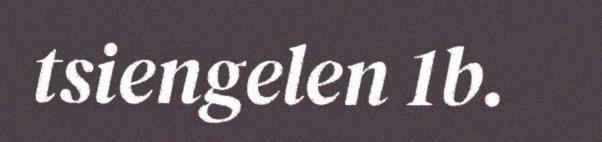
tsiengelen 1b.